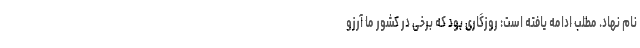
نام نهاد. مطلب ادامه یافته است: روزگاری بود که برخی در کشور ما آرزو